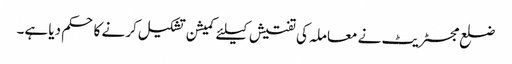
ضلع مجسٹریٹ نے معاملہ کی تفتیش کیلئے کمیشن تشکیل کرنے کا حکم دیا ہے۔